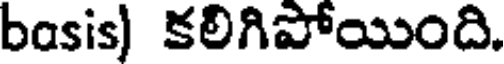
basis) కలిగిపోయింది.